Leaving Certificate Examination (including Day School Certificate (Higher) General paper), 1931
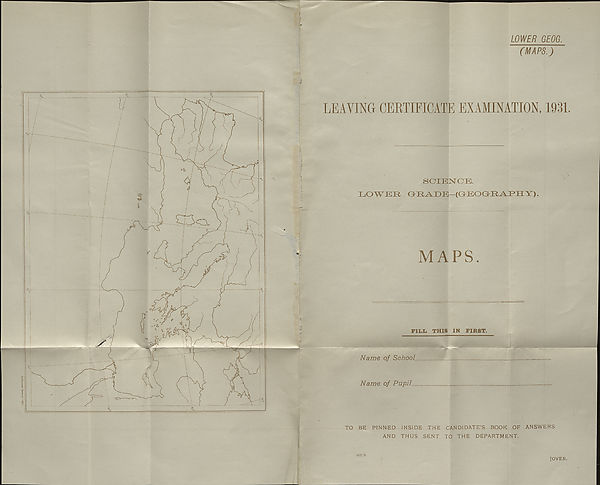
LOWER GEOG.
(MAPS.)
LEAVING CERTIFICATE EXAMINATION, 1931.
SCIENCE.
C OWE II GMEVE E (GEO GrllWPHY ).
MAPS.
FIXiL THIS IN FIRST.
TO BE PINNED INSIDE THE CANDIDATE’S BOOK OF ANSWERS
AND THUS SENT TO THE DEPARTMENT.
MIS/SI.
[OVER.